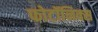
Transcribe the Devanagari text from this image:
फोटॉनिक्स